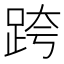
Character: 跨